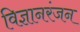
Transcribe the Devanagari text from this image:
विज्ञानरंजन